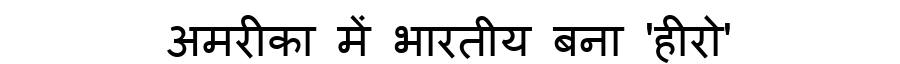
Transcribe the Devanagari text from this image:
अमरीका में भारतीय बना 'हीरो'